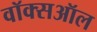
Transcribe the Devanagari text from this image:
वॉक्सऑल